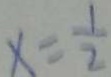
x = \frac { 1 } { 2 }